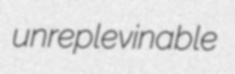
unreplevinable